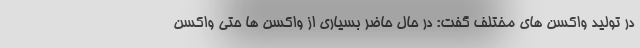
در تولید واکسن های مختلف گفت: در حال حاضر بسیاری از واکسن ها حتی واکسن